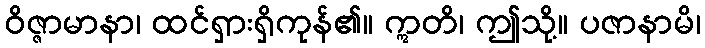
ဝိဇ္ဇာမာနာ၊ ထင်ရှားရှိကုန်၏။ ဣတိ၊ ဤသို့။ ပဇာနာမိ၊